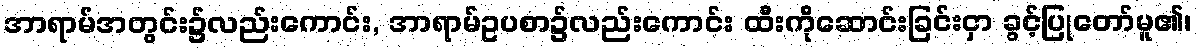
အာရာမ်အတွင်း၌လည်းကောင်း, အာရာမ်ဥပစာ၌လည်းကောင်း ထီးကိုဆောင်းခြင်းငှာ ခွင့်ပြုတော်မူ၏၊